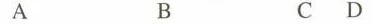
A B C D